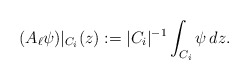
\begin{align*} (A_\ell \psi)|_{C_i}(z)&:=|C_i|^{-1}\int_{C_i} \psi\,dz.\end{align*}